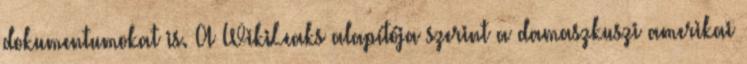
dokumentumokat is. A WikiLeaks alapítója szerint a damaszkuszi amerikai